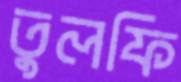
তুলফি